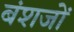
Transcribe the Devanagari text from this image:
बंशजों